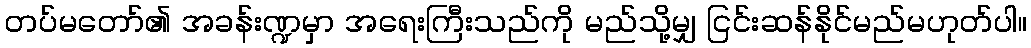
တပ်မတော်၏ အခန်းဏ္ဍမှာ အရေးကြီးသည်ကို မည်သို့မျှ ငြင်းဆန်နိုင်မည်မဟုတ်ပါ။